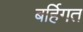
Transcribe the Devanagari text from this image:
बर्हिगत